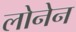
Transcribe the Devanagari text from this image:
लोनेन